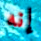
إنه